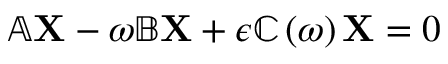
\mathbb { A } \mathbf { X } - \omega \mathbb { B } \mathbf { X } + \epsilon \mathbb { C } \left( \omega \right) \mathbf { X } = 0